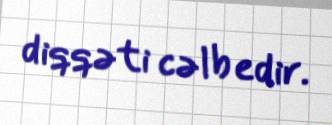
diqqəti cəlb edir.